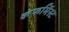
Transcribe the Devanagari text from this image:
कंफर्मिस्ट